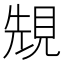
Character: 𧠺